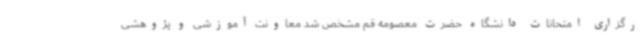
رگزاری امتحانات دانشگاه حضرت معصومه قم مشخص شد معاونت آموزشی و پژوهشی